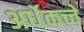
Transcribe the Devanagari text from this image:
अर्धेकच्चे